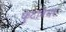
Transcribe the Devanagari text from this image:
फ़ुटवियर